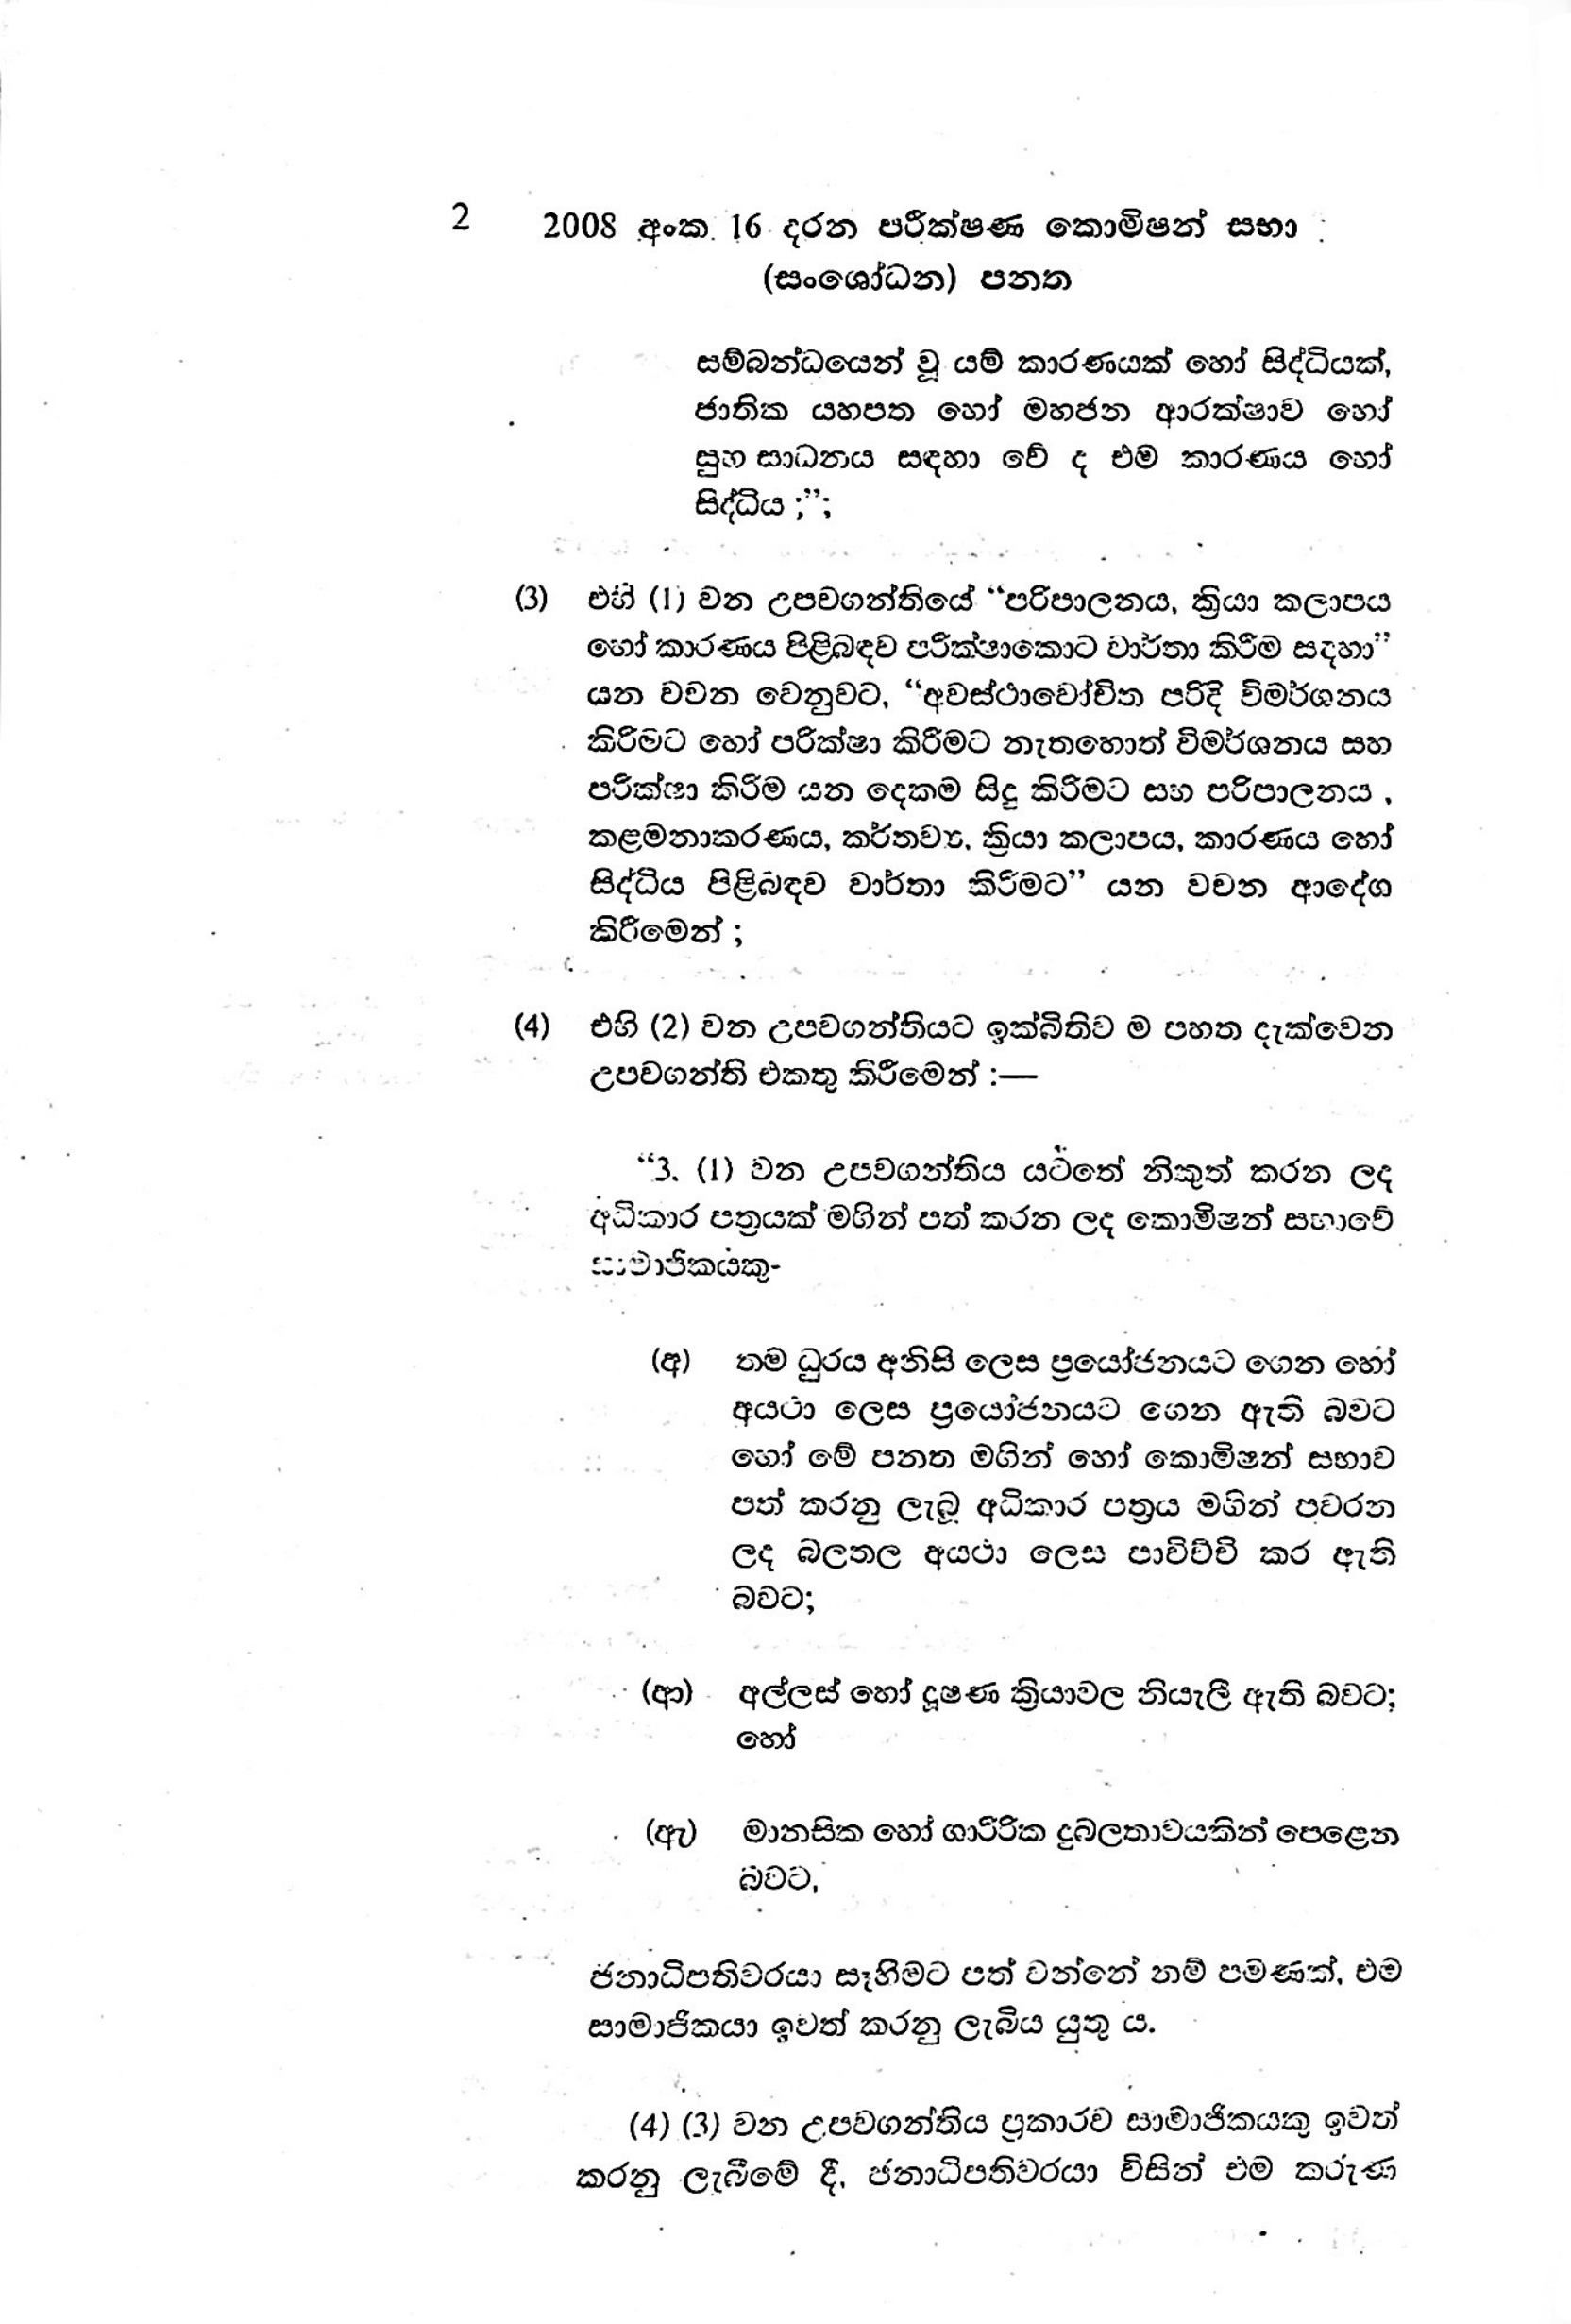
2 2008 අංක 16 දරන පරීක්ෂණ කොමිෂන් සභා
(සංශෝධන) පනත

සම්බන්ධයෙන් වූ යම් කාරණයක් හෝ සිද්ධියක්,
ජාතික යහපත හෝ මහජන ආරක්ෂාව හෝ
සුභ සාධනය සඳහා වේ ද එම කාරණය හෝ
සිද්ධිය ;";

(3) එහි (1) වන උපවගන්තියේ “පරිපාලනය, ක්‍රියා කලාපය
හෝ කාරණය පිළිබඳව පරීක්ෂාකොට වාර්තා කිරීම සඳහා”
යන වචන වෙනුවට, “අවස්ථාවෝචිත පරිදි විමර්ශනය
කිරිමට හෝ පරික්ෂා කිරිමට නැතහොත් විමර්ශනය සහ
පරික්ෂා කිරීම යන දෙකම සිදු කිරිමට සහ පරිපාලනය,
කළමනාකරණය, කර්තව්‍ය, ක්‍රියා කලාපය, කාරණය හෝ
සිද්ධිය පිළිබඳව වාර්තා කිරිමට” යන වචන ආදේශ
කිරීමෙන් ;

(4) එහි (2) වන උපවගන්තියට ඉක්බිතිව ම පහත දැක්වෙන
උපවගන්ති එකතු කිරීමෙන් :-

“3. (1) වන උපවගන්තිය යටතේ නිකුත් කරන ලද
අධිකාර පත්‍රයක් මගින් පත් කරන ලද කොමිෂන් සභාවේ
සාමාජිකයකු -

(අ) තම ධුරය අනිසි ලෙස ප්‍රයෝජනයට ගෙන හෝ
අයථා ලෙස ප්‍රයෝජනයට ගෙන ඇති බවට
හෝ මේ පනත මගින් හෝ කොමිෂන් සභාව
පත් කරනු ලැබූ අධිකාර පත්‍රය මඟින් පවරන
ලද බලතල අයථා ලෙස පාවිච්චි කර ඇති
බවට

(ආ) අල්ලස් හෝ දූෂණ ක්‍රියාවල නියැලී ඇති බවට;
හෝ

(ඇ)මානසික හෝ ගාරීරික දුබලතාවයකින් පෙළෙන
බවට,

ජනාධිපතිවරයා සෑහිමට පත් වන්නේ නම් පමණක්, එම
සාමාජිකයා ඉවත් කරනු ලැබිය යුතු ය.

(4) (3) වන උපවගන්තිය ප්‍රකාරව සාමාජිකයකු ඉවත්
කරනු ලැබීමේ දී, ජනාධිපතිවරයා විසින් එම කරුණ